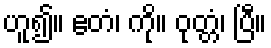
ဟူ၍။ ဧတံ၊ ကို။ ဝုတ္တံ၊ ပြီ။